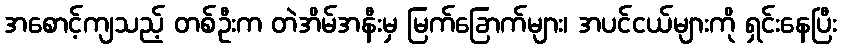
အစောင့်ကျသည့် တစ်ဦးက တဲအိမ်အနီးမှ မြက်ခြောက်များ၊ အပင်ငယ်များကို ရှင်းနေပြီး